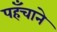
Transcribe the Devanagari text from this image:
पहँचाने